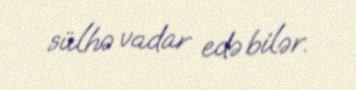
sülhə vadar edə bilər.